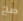
صح